Vaccination report Assam 1874-1896 - 1874-1896
Year: 1874
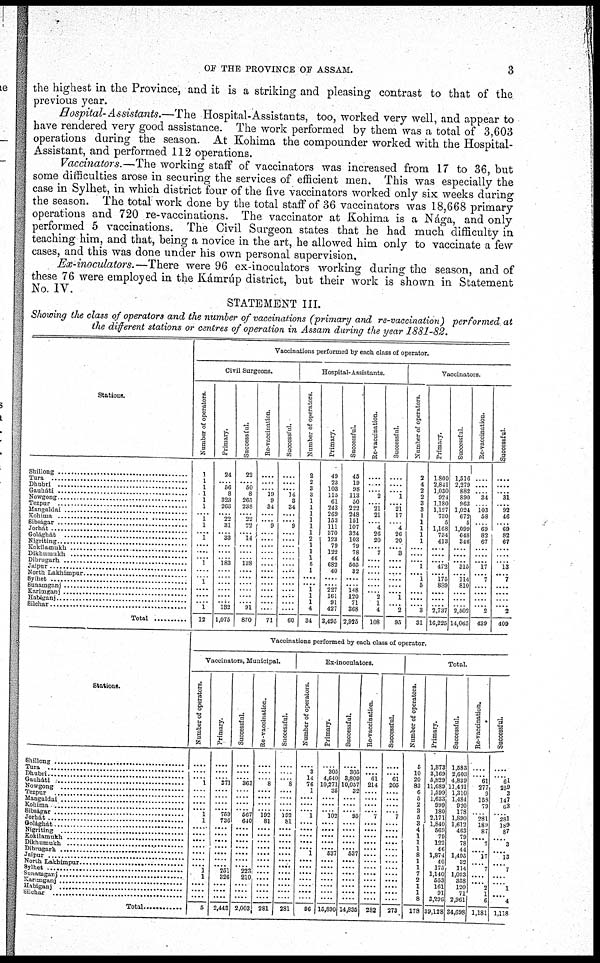
OF THE PROVINCE OF ASSAM.
3
the highest in the Province, and it is a striking and pleasing contrast to that of the
previous year.
Hospital- Assistants.—The Hospital-Assistants, too, worked very well, and appear to
have rendered very good assistance. The work performed by them was a total of 3,603
operations during the season. At Kohima the compounder worked with the Hospital-
Assistant, and performed 112 operations.
Vaccinators.—The working staff of vaccinators was increased from 17 to 36, but
some difficulties arose in securing the services of efficient men. This was especially the
case in Sylhet, in which district four of the five vaccinators worked only six weeks during
the season. The total work done by the total staff of 36 vaccinators was 18,668 primary
operations and 720 re-vaccinations. The vaccinator at Kohima is a Nága, and only
performed 5 vaccinations. The Civil Surgeon states that he had much difficulty in
teaching him, and that, being a novice in the art, he allowed him only to vaccinate a few
cases, and this was done under his own personal supervision.
Ex-inoculators.—There were 96 ex-inoculators working during the season, and of
these 76 were employed in the Kámrúp district, but their work is shown in Statement
No. IV.
STATEMENT III.
Showing the class of operators and the number of vaccinations (primary and re-vaccination) performed at
the different stations or centres of operation in Assam during the year 1881-82.
Stations.
Shillong ...........................
Tura ........................
Dhubri .....................
Gauháti ........................
Nowgong ........................
Tezpur ...........................
Mangaldi ...........................
Kohima ...........................
Sibságar ........................
Jorhát ........................
Golághát ........................
Nigriting.................................
Kokilamukh ...........................
Dikhumukh
..............................
Dibrugarh ...........................
Jaipur.................................
North
Lakhimpur........................
Sylhet .................................
Sunamganj .....................
Karimganj .....................
Habiganj...........................
Silchar .....................
Total .....................
Vaccinations performed by each class of operator.
Civil Surgeons.
Number of operators.
1
1
1
1
1
1
..... 1
1
.... 1
....
.....
..... 1
....
.... 1
.... ....
.... 1
12
Primary.
24
..... 56
8
323
263
..... 22
31
.... 33
....
.....
..... 183
....
....
....
.... ....
.... 132
1,075
Successful.
22
..... 50
8
265
238
..... 22
22
.....
14
.....
.....
..... 138
....
....
....
.... ....
.... 91
870
Re-vaccination.
.....
....
..... 19
9
34
....
..... 9
.....
....
.....
.....
.....
....
....
....
....
....
....
....
....
71
Successful.
.....
....
.... 14
8
34
....
.... 9
.....
....
.....
.....
.....
.....
....
....
....
.... ....
....
....
60
Hospital-Assistants.
Number of operators.
2
2
3
3
1
1
1
1
1
1
2
1
1
1
5
1
....
.... 1
1
1
4
34
Primary.
49
23
103
115
61
243
269
153
111
370
123
79
122
46
682
40
....
.... 227
161
91
427
3,495
Successful.
45
19
98
113
50
222
248
151
107
324
103
79
78
44
505
32
....
.... 148
120
71
368
2,925
Re-vaccination.
.....
....
..... 2
.....
21 21
.... 4
26
20
..... 7
....
....
....
....
....
.... 2
1
4
108
Successful.
.....
.....
.... 1
..... 21
17
.... 4
26
20
.... 8
....
....
....
....
....
.... 1
.... 2
95
Vaccinators.
Number of operators.
2
4
2
2
3
3
1
1
1
1
1
.....
....
.... 1
.... 1
5
.... ....
.... 3
31
Primary.
1,800
2,841
1,030
924
1,180
1,127
730
5
1,168
734
413
.....
.....
.... 472
.... 175
889
.... ....
.... 2,737
16,225
Successful.
1,516
2,279
882
890
963
1,024
672
5
1,099
648
346
.....
.....
.... 315
.... 114
810
.... ....
.... 2,502
14,065
Re-vaccination.
.....
.....
..... 34
..... 103
58
..... 69
82
67
.....
....
.... 17
.... 7
....
.... ....
.... 2
439
Successful.
.....
....
..... 31
..... 92
46
.... 69
82
67
....
....
.... 13
.... 7
....
.... ....
.... 2
409
Stations.
Shillong
Tura................................
Dhubri ................................
Gauháti ............................
Nowgong
Tezpur
Mangaldal
Kohima.................
Sibságar ........................
Jorhát ............................
Golághát
Nigriting
Kokilamukh
Dikhumukh
Dibrugarh ............................
Jaipur ............................
North Lakhimpur
Sylhet ............................
Sunamgani ............................
Karimganj
Habiganj
Silchar
Total ................
Vaccinations performed by each class of operator.
Vaccinators, Municipal.
Number of operators.
....
....
.... 1
....
....
....
.... 1
1
....
....
....
....
....
.... .... 1
1
....
....
....
5
Primary.
....
....
.... 371
....
....
....
.... 759
736
....
....
....
....
....
.... .... 251
326
....
....
....
2,448
Successful.
....
....
.... 363
....
....
....
.... 567
640
....
....
....
....
....
.... .... 223
210
....
....
....
2,003
Re-vaccination.
....
....
.... 8
....
....
....
.... 192
81
....
....
....
....
....
.... ....
....
....
....
....
....
281
Successful.
....
....
.... 8
....
....
....
.... 192
81
....
....
....
....
....
.... ....
....
....
....
....
....
281
Ex-inoculators.
Number of operators.
....
3
14
76
1
....
....
.... 1
....
....
....
....
.... 1
.... ....
....
....
....
....
....
96
Primary.
....
305
4,640
10,271
35
....
....
.... 102
....
....
....
....
.... 537
.... ....
....
....
....
....
....
15,890
Successful.
....
305
3,809
10,057
32
....
....
.... 95
....
....
....
....
.... 537
.... ....
....
....
....
....
....
14,835
Re-vaccination.
....
.... 61
214
....
....
....
.... 7
....
....
....
....
....
....
.... ....
....
....
....
....
....
282
Successful.
....
.... 61
205
....
....
....
.... 7
....
....
....
....
....
....
.... ....
....
....
....
....
....
273
Total.
Number of operators.
5
10
20
83
6
5
2
3
5
3
4
1
1
1
8
1 1
7
2
1
1 8
178
Primary.
1,873
3,169
5,829
11,689
1,599
1,633
999
180
2,171
1,840
569
79
122
46
1,874
40
175
1,140
553
161
91
3,296
39,128
Successful.
1,583
2,603
4,839
11,431
1,310
1,484
920
178
1,890
1,612
463
79
78
44
1,495
32
114
1,033
358
120
71
2,961
34,698
Re-vaccination.
....
.... 61
277
9
158
79
.... 281
189
87
.... 7
.... 17
.... 7
....
.... 2
1
6
1,181
Successful.
....
.... 61
259
3
147
63
.... 281
189
87
.... 3
.... 13
.... 7
....
.... 1
.... 4
1,118